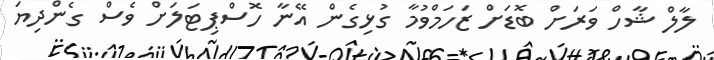
ލާލް ޝާހް ވަރަށް ބޮޑަށް ޒަހަމްވުމާ ގުޅިގެން އޭނާ ހޮސްޕިޓަލަށް ވެސް ގެންދިޔަ